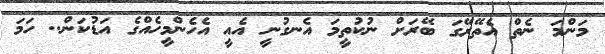
މަންމަ ނެތް އެތޭރޭގަ ބޭރަށް ނުކުތީމަ އެނގުނީ އެއީ އެހެންމީހެއްގެ އަޑުކަން.. ހަމަ